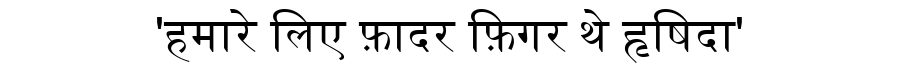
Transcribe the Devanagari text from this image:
'हमारे लिए फ़ादर फ़िगर थे हृषिदा'